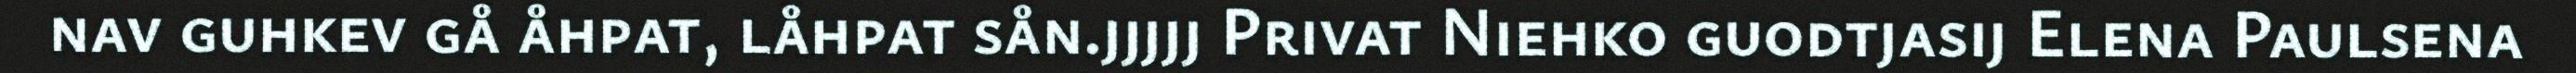
nav guhkev gå åhpat, låhpat sån.jjjjj Privat Niehko guodtjasij Elena Paulsena